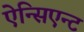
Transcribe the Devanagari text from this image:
ऐन्सिएन्ट